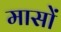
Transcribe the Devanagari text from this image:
मासाें